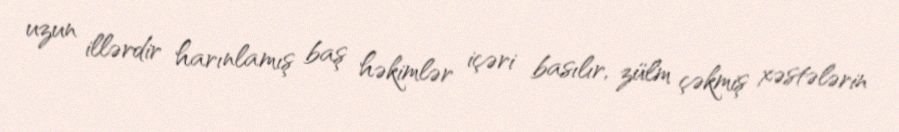
uzun illərdir harınlamış baş həkimlər içəri basılır, zülm çəkmiş xəstələrin